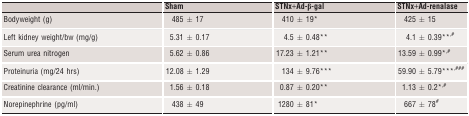
<table><thead><tr><td></td><td><b>Sham</b></td><td><b>STNx+Ad‐β‐gal</b></td><td><b>STNx+Ad‐renalase</b></td></tr></thead><tbody><tr><td>Bodyweight (g)</td><td>485 ± 17</td><td>410 ± 19*</td><td>425 ± 15</td></tr><tr><td>Left kidney weight/bw (mg/g)</td><td>5.31 ± 0.17</td><td>4.5 ± 0.48**</td><td>4.1 ± 0.39**<sup>,</sup>#</td></tr><tr><td>Serum urea nitrogen</td><td>5.62 ± 0.86</td><td>17.23 ± 1.21**</td><td>13.59 ± 0.99*<sup>,</sup>#</td></tr><tr><td>Proteinuria (mg/24 hrs)</td><td>12.08 ± 1.29</td><td>134 ± 9.76***</td><td>59.90 ± 5.79***<sup>,</sup>##, #</td></tr><tr><td>Creatinine clearance (ml/min.)</td><td>1.56 ± 0.18</td><td>0.87 ± 0.20**</td><td>1.13 ± 0.2*<sup>,</sup>#</td></tr><tr><td>Norepinephrine (pg/ml)</td><td>438 ± 49</td><td>1280 ± 81*</td><td>667 ± 78#</td></tr></tbody></table>